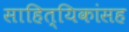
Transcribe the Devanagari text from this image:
साहित्यिकांसह